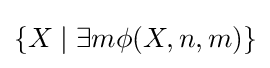
\{X\mid \exists m\phi (X,n,m)\}